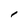
Character: 1